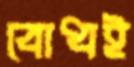
বোধই